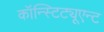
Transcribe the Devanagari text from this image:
कॉन्स्टिट्यूएन्ट